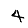
Digit: 4